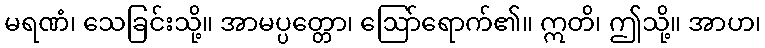
မရဏံ၊ သေခြင်းသို့။ အာမပ္ပတ္တော၊ ဩော်ရောက်၏။ ဣတိ၊ ဤသို့။ အာဟ၊